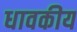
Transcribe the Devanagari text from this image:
धावकीय